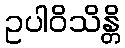
ဥပါဝိသိန္တိ